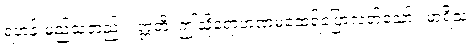
ရဟန်းမည်သတည်း။ ဣတိ၊ ဤသို့ရောဟဏမထေရ်ပြောလတ်သော်။ မာရိသ၊